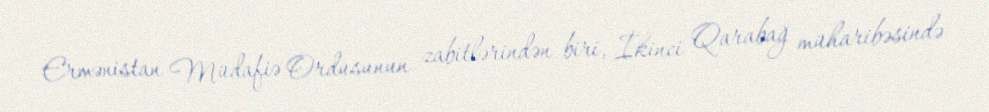
Ermənistan Müdafiə Ordusunun zabitlərindən biri, İkinci Qarabağ müharibəsində